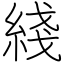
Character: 綫